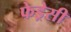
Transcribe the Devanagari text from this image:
फेड्रेसी